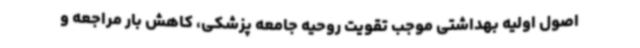
اصول اولیه بهداشتی موجب تقویت روحیه جامعه پزشکی، کاهش بار مراجعه و